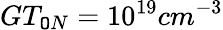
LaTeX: GT_{\mathtt{O}N}=10^{19}cm^{-3}